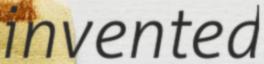
invented